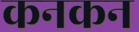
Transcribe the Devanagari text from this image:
कनकन